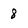
Character: 8